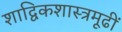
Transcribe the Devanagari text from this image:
शाद्विकशास्त्रमूढीं